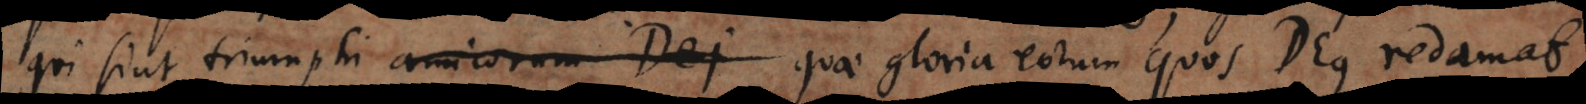
triumphi amicorum Dei quae gloria eorum quos Deus redamat;